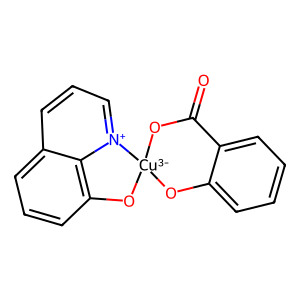
SMILES: O=C1O[Cu-3]2(Oc3ccccc31)Oc1cccc3ccc[n+]2c13
Inhibits HIV replication: No